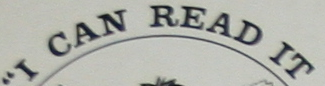
I CAN READ IT